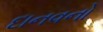
દાનવનો